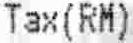
TAX(RM)